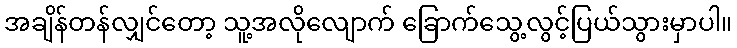
အချိန်တန်လျှင်တော့ သူ့အလိုလျောက် ခြောက်သွေ့လွင့်ပြယ်သွားမှာပါ။